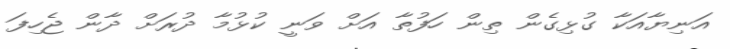
އަނިޔާއަކާ ގުޅިގެން ތިން ހަފުތާ އަށް ވަނީ ކުޅުމާ ދުރަށް ދާން ޖެހިފަ